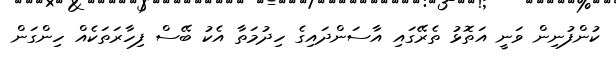
ކުންފުނިން ވަނީ އަތޮޅު ތެރޭގައި އާސަންދައިގެ ހިދުމަތާ އެކު ބޭސް ފިހާރަތަކެއް ހިންގަން